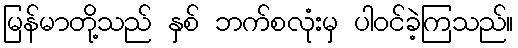
မြန်မာတို့သည် နှစ် ဘက်စလုံးမှ ပါဝင်ခဲ့ကြသည်။